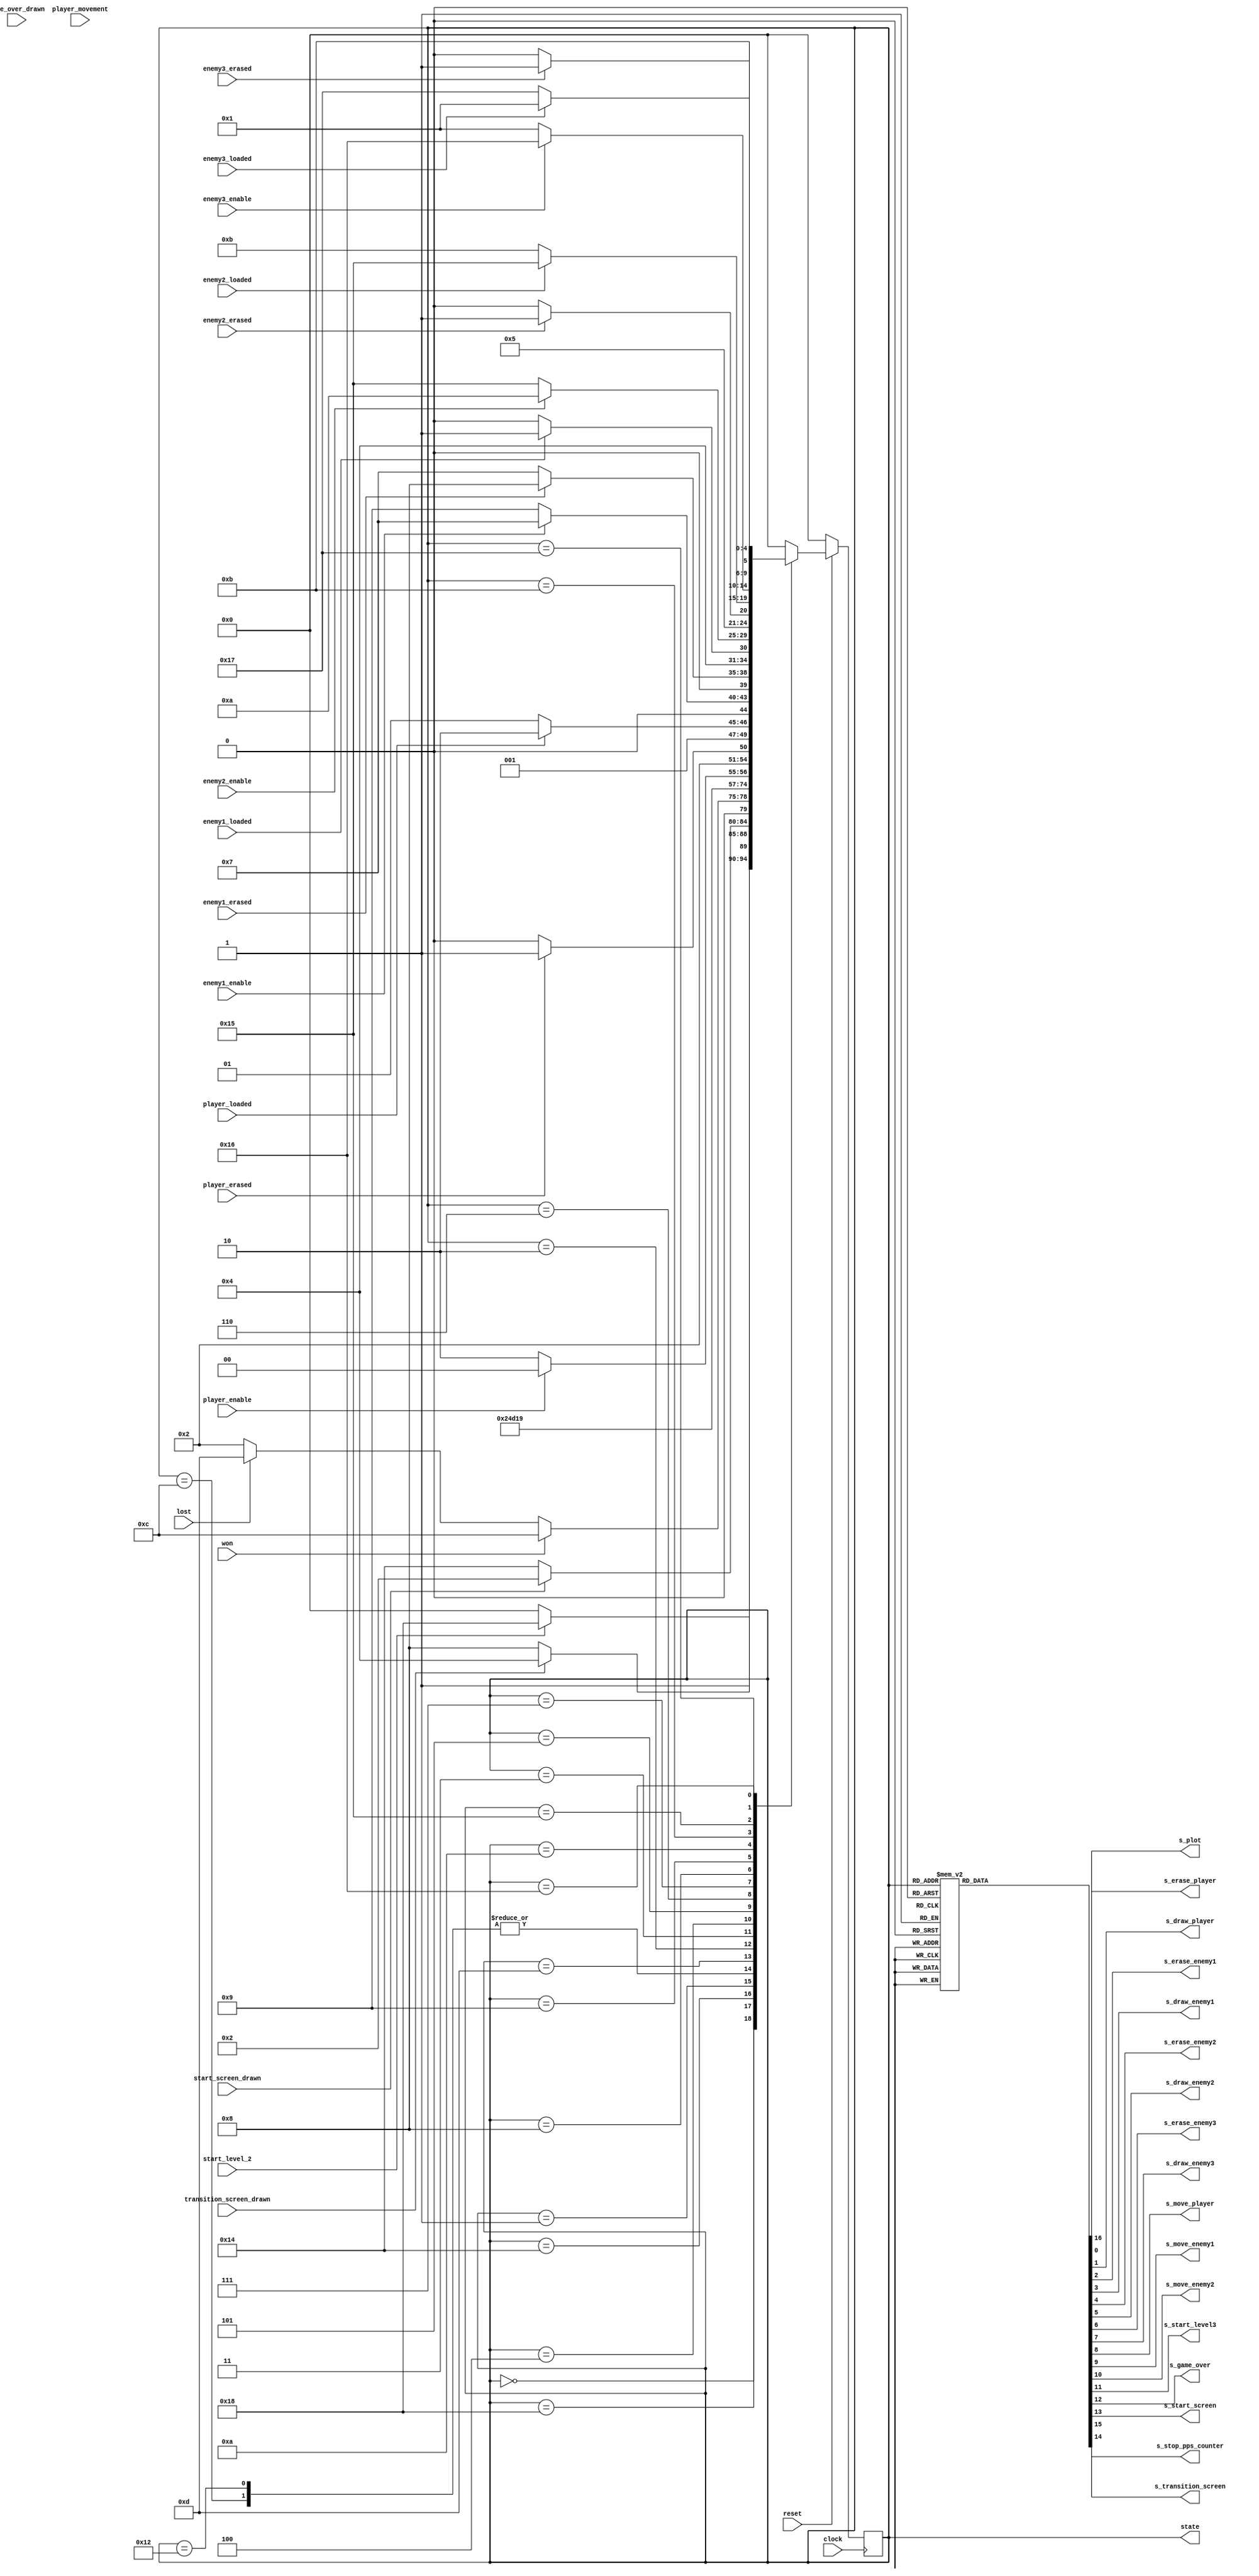
module ControlPath_L2(
								input 
										clock, 
										reset,
										
										won, 
										lost,
										start_level_2,
										start_screen_drawn,
										game_over_drawn,
										transition_screen_drawn,
										
										player_movement, 
										player_enable, 
										player_erased, 
										player_loaded, 
										
										enemy1_enable,
										enemy1_erased,
										enemy1_loaded,
										
										enemy2_enable,
										enemy2_erased,
										enemy2_loaded,
										
										enemy3_enable,
										enemy3_erased,
										enemy3_loaded,
										
								output reg
										s_plot,
										s_erase_player,
										s_draw_player,
										s_erase_enemy1,
										s_draw_enemy1,
										s_erase_enemy2,
										s_draw_enemy2,
										s_erase_enemy3,
										s_draw_enemy3,
										
										s_move_player,
										s_move_enemy1,
										s_move_enemy2,
										
										s_start_level3,
										s_game_over,
										s_start_screen,
										s_transition_screen,
										s_stop_pps_counter,
										
									output[4:0] state
									
							); 


/*********************************************************************/
/*							INTERNAL WIRES/REGISTERS								*/
/*********************************************************************/
					
	reg[4:0] current_state = WAIT,
				next_state = WAIT;	
				
	assign state = current_state;
				
/*********************************************************************/
/*								LOCAL PARAMETERS										*/
/*********************************************************************/
	
	localparam  WAIT = 5'd0,
					CHECK_GAME_STATE = 5'd1,
					PLAYER_MOVEMENT = 5'd2,
					WAIT_PLAYER = 5'd3,
					ERASE_PLAYER = 5'd4,
					DRAW_PLAYER = 5'd5,
					WAIT_ENEMY_1 = 5'd6,
					ERASE_ENEMY_1 = 5'd7,
					DRAW_ENEMY_1 = 5'd8,
					WAIT_ENEMY_2 = 5'd9,
					ERASE_ENEMY_2 = 5'd10,
					DRAW_ENEMY_2 = 5'd11,
					VICTORY = 5'd12,
					DEFEAT = 5'd13,
					MOVE_PLAYER = 5'd14,
					MOVE_ENEMY_1 = 5'd15,
					MOVE_ENEMY_2 = 5'd16,
					GAME_OVER_SCREEN = 5'd17,
					START_L3 = 5'd18,
					FINISHED = 5'd19,
					START_SCREEN = 5'd20,
					WAIT_ENEMY_3 = 5'd21,
					ERASE_ENEMY_3 = 5'd22,
					DRAW_ENEMY_3 = 5'd23,
					TRANSITION_SCREEN = 5'd24;
					
					
					
/*********************************************************************/
/*									STATE TABLE											*/
/*********************************************************************/
	
	always @(*) 
		begin
			case(current_state)
				WAIT: 						next_state = (start_level_2) ? TRANSITION_SCREEN : WAIT;
				TRANSITION_SCREEN:		next_state = (transition_screen_drawn) ? START_SCREEN : TRANSITION_SCREEN;
				START_SCREEN:				next_state = (start_screen_drawn) ? PLAYER_MOVEMENT : START_SCREEN;
				CHECK_GAME_STATE: 		next_state = (won) ? VICTORY : (lost) ? DEFEAT : PLAYER_MOVEMENT;
				VICTORY:						next_state = START_L3;
				START_L3:					next_state = START_L3;
				DEFEAT:						next_state = DEFEAT;
				
				PLAYER_MOVEMENT:			next_state = WAIT_PLAYER;
				WAIT_PLAYER:				next_state = (player_enable) ? ERASE_PLAYER : WAIT_ENEMY_1;
				ERASE_PLAYER:				next_state = (player_erased) ? DRAW_PLAYER : ERASE_PLAYER;
				DRAW_PLAYER:				next_state = (player_loaded) ? WAIT_ENEMY_1 : DRAW_PLAYER;
				
				WAIT_ENEMY_1:				next_state = (enemy1_enable) ? ERASE_ENEMY_1 : WAIT_ENEMY_2;
				ERASE_ENEMY_1:				next_state = (enemy1_erased) ? DRAW_ENEMY_1 : ERASE_ENEMY_1;
				DRAW_ENEMY_1:				next_state = (enemy1_loaded) ? WAIT_ENEMY_2 : DRAW_ENEMY_1;
				
				WAIT_ENEMY_2:				next_state = (enemy2_enable) ? ERASE_ENEMY_2 : WAIT_ENEMY_3;
				ERASE_ENEMY_2:				next_state = (enemy2_erased) ? DRAW_ENEMY_2 : ERASE_ENEMY_2;
				DRAW_ENEMY_2:				next_state = (enemy2_loaded) ? WAIT_ENEMY_3 : DRAW_ENEMY_2;
				
				WAIT_ENEMY_3:				next_state = (enemy3_enable) ? ERASE_ENEMY_3 : CHECK_GAME_STATE;
				ERASE_ENEMY_3:				next_state = (enemy3_erased) ? DRAW_ENEMY_3 : ERASE_ENEMY_3;
				DRAW_ENEMY_3:				next_state = (enemy3_loaded) ? CHECK_GAME_STATE : DRAW_ENEMY_3;
				
				default: 					next_state = WAIT;
			endcase
		end
	
/*********************************************************************/
/*									STATE TRANSITIONS									*/
/*********************************************************************/	

	always @(*) 
		begin	
			
			s_plot = 0;
			s_erase_player = 0;
			s_draw_player = 0;
			s_erase_enemy1 = 0;
			s_draw_enemy1 = 0;
			s_erase_enemy2 = 0;
			s_draw_enemy2 = 0;
			s_erase_enemy3 = 0;
			s_draw_enemy3 = 0;
			s_move_player = 0;
			s_move_enemy1 = 0;
			s_move_enemy2 = 0;
			s_start_level3 = 0;
			s_game_over = 0;
			s_start_screen = 0;
			s_stop_pps_counter = 0;
			s_transition_screen = 0;
		
			case(current_state)
				TRANSITION_SCREEN:
					begin
						s_transition_screen = 1;
						s_plot = 1;
					end
				START_L3:
					begin
						s_start_level3 = 1;
						s_stop_pps_counter = 1;
					end
				GAME_OVER_SCREEN:
					begin
						s_plot = 1;
						s_game_over = 1;
					end
				START_SCREEN:
					begin
						s_plot = 1;
						s_start_screen = 1;
					end
				ERASE_PLAYER: 
					begin
						s_plot = 1;
						s_erase_player = 1;
					end
				MOVE_PLAYER:
					begin
						s_move_player = 1;
					end
				DRAW_PLAYER: 
					begin
						s_plot = 1;
						s_draw_player = 1;
					end
				ERASE_ENEMY_1: 
					begin
						s_plot = 1;
						s_erase_enemy1 = 1;
					end
				MOVE_ENEMY_1:
					begin
						s_move_enemy1 = 1;
					end
				DRAW_ENEMY_1: 
					begin
						s_plot = 1;
						s_draw_enemy1 = 1;
					end
				ERASE_ENEMY_2: 
					begin
						s_plot = 1;
						s_erase_enemy2 = 1;
					end
				MOVE_ENEMY_2:
					begin
						s_move_enemy2 = 1;
					end
				DRAW_ENEMY_2: 
					begin
						s_plot = 1;
						s_draw_enemy2 = 1;
					end
				ERASE_ENEMY_3: 
					begin
						s_plot = 1;
						s_erase_enemy3 = 1;
					end
				DRAW_ENEMY_3: 
					begin
						s_plot = 1;
						s_draw_enemy3 = 1;
					end
				default:
					begin
						s_plot = 0;
						s_erase_player = 0;
						s_draw_player = 0;
						s_erase_enemy1 = 0;
						s_draw_enemy1 = 0;
						s_erase_enemy2 = 0;
						s_draw_enemy2 = 0;	
						s_move_player = 0;
						s_move_enemy1 = 0;
						s_move_enemy2 = 0;
					end
			endcase
		end
		
/*********************************************************************/
/*								FINITE STATE MACHINE									*/
/*********************************************************************/

	always @(posedge clock)
		begin
			if (!reset) begin
				current_state <= WAIT;
			end
			else begin
				current_state <= next_state;	
			end
		end	
endmodule